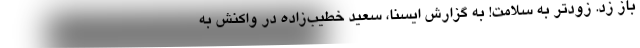
باز زد. زودتر به سلامت! به گزارش ایسنا، سعید خطیب‌زاده در واکنش به